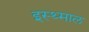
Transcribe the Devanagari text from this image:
इस्थ्माल